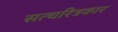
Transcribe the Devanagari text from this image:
सत्चरित्रकार